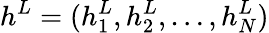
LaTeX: h^{L}=(h_{1}^{L},h_{2}^{L},\dots,h_{N}^{L})